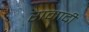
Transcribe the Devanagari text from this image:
रामादी